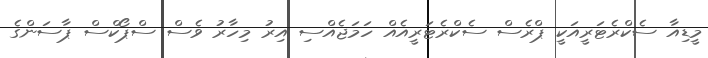
މީޑިއާ ސެކްރެޓަރީއަކީ ޕްރެސް ސެކްރެޓަރީއެއް ހަމަޖެއްސި އިރު މިހާރު ވެސް ސްޕޯކްސް ޕާސަންގެ